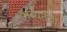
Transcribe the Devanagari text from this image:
भव्यतेची